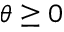
\theta \geq 0